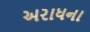
અરાધના